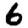
Digit: 6